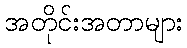
အတိုင်းအတာများ